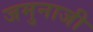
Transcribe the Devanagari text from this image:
जमुनाजी